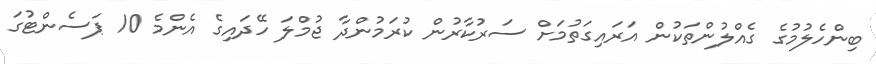
ބިންހެލުމުގެ ގެއްލުންތަކުން އަރައިގަތުމަށް ސަރުކާރުން ކުރަމުންދާ ޖުމްލަ ހޭދައިގެ އެންމެ 10 ޕަސެންޓުގަ